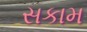
સકામ